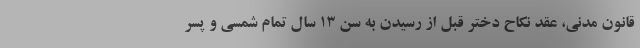
قانون مدنی، عقد نکاح دختر قبل از رسیدن به سن ۱۳ سال تمام شمسی و پسر